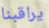
يراقبنا